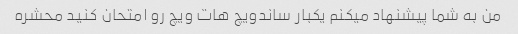
من به شما پیشنهاد میکنم یکبار ساندویچ هات ویچ رو امتحان کنید محشره